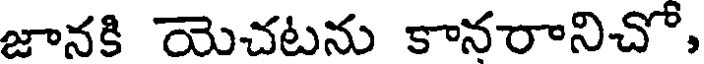
జానకి యెచటను కానరానిచో,